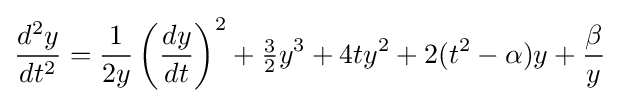
{\frac {d^{2}y}{dt^{2}}}={\frac {1}{2y}}\left({\frac {dy}{dt}}\right)^{2}+{\tfrac {3}{2}}y^{3}+4ty^{2}+2(t^{2}-\alpha )y+{\frac {\beta }{y}}